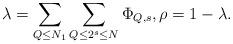
LaTeX: \begin{align*}\lambda = \sum_{Q \leq N_1} \sum_{Q \leq 2^{s} \leq N} \Phi_{Q,s},\rho = 1 - \lambda.\end{align*}